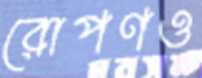
রোপণও